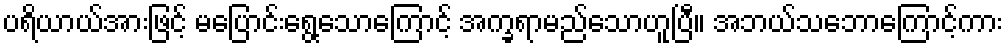
ပရိယာယ်အားဖြင့် မပြောင်းရွေ့သောကြောင့် အက္ခရာမည်သောဟူပြီ။ အဘယ်သဘောကြောင့်ကား